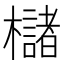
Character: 櫧